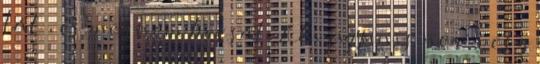
lát”, és meg nem bocsát. Aki ugyanis nem vesz